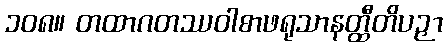
၁၀၈။ တထာဂတဿဝါစာဖရုသာနတ္ထီတိပဉှာ